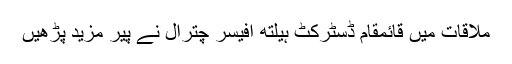
ملاقات میں قائمقام ڈسٹرکٹ ہیلتھ افیسر چترال نے پیر مزید پڑھیں